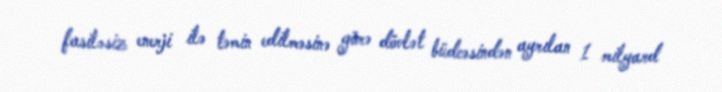
fasiləsiz enerji ilə təmin edilməsinə görə dövlət büdcəsindən ayrılan 1 milyard